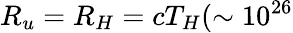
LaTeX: R_{u}=R_{H}=cT_{H}(\sim 10^{26}